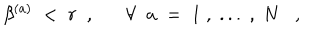
LaTeX: \beta ^ { ( a ) } \; < \; r \; \; , \forall \; \; a \; = \; 1 \; , \; . . . \; , \; N ,